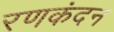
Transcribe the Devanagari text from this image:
रणकंदन